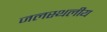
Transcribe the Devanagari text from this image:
जलस्थलीय